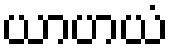
ယာဟယံ